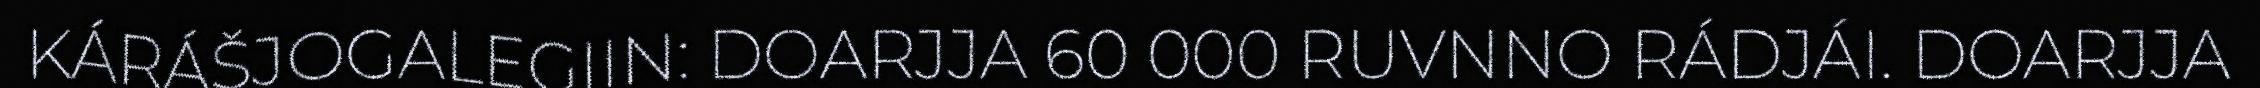
KÁRÁŠJOGALEGIIN: DOARJJA 60 000 RUVNNO RÁDJÁI. DOARJJA